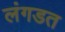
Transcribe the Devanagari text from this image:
लंगडत